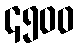
၄၅၀၀